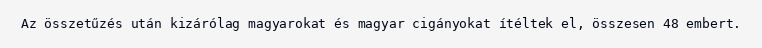
Az összetűzés után kizárólag magyarokat és magyar cigányokat ítéltek el, összesen 48 embert.